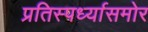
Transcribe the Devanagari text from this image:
प्रतिस्पर्ध्यासमोर